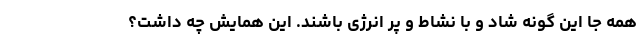
همه جا این گونه شاد و با نشاط و پر انرژی باشند. این همایش چه داشت؟